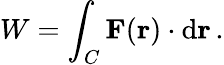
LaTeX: W=\int_{C}\mathbf{F}(\mathbf{r})\cdot\mathrm{d}\mathbf{r}\, .